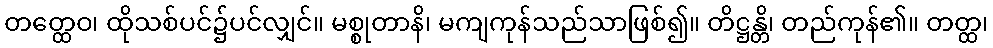
တတ္ထေဝ၊ ထိုသစ်ပင်၌ပင်လျှင်။ မစ္စုတာနိ၊ မကျကုန်သည်သာဖြစ်၍။ တိဋ္ဌန္တိ၊ တည်ကုန်၏။ တတ္ထ၊